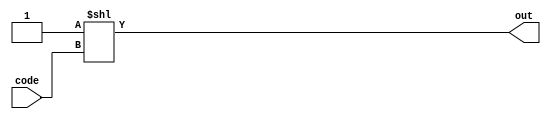
`timescale 1ns / 1ps

module decode5to32(
    input [4:0] code,
    output reg [31:0] out
    );
    
    always @(code, out) begin
        out = 32'b1 << code;
        end
endmodule